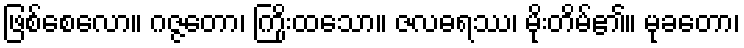
ဖြစ်စေလော။ ဂဇ္ဇတော၊ ကြိုးထသော။ ဇလဓရဿ၊ မိုးတိမ်၏။ မုခတော၊